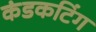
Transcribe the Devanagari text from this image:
कंडकटिंग